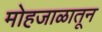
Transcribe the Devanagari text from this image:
मोहजाळातून